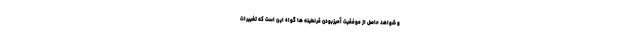
و شواهد حاصل از موفقیت آمیزبودن قرنطینه ها گواه این است که تغییرات